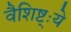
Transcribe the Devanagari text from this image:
वैशिष्ट्ःये